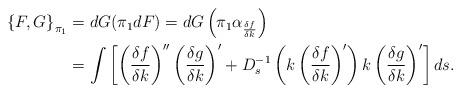
LaTeX: \begin{align*}\begin{aligned}\left\{F,G\right\}_{\pi_1}&=dG(\pi_1 dF)=dG \left(\pi_1 \alpha_{\frac{\delta f}{\delta k}}\right)\\&=\int \left[\left(\frac{\delta f}{\delta k}\right)''\left(\frac{\delta g}{\delta k}\right)'+D^{-1}_{s}\left(k\left(\frac{\delta f}{\delta k}\right)'\right)k \left(\frac{\delta g}{\delta k}\right)'\right] ds.\end{aligned}\end{align*}